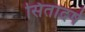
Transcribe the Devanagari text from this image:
सितादर्ष